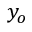
y _ { o }